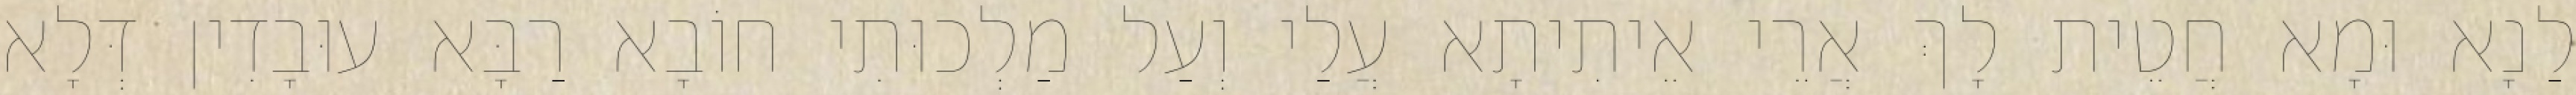
לַנָא וּמָא חֲטֵית לָךְ אֲרֵי אֵיתִיתָא עֲלַי וְעַל מַלְכוּתִי חוֹבָא רַבָּא עוּבָדִין דְּלָא